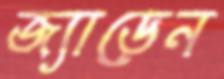
জ্যাডেন